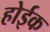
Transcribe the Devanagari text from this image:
होईक